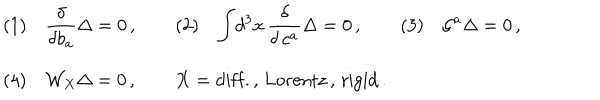
\begin{array} { l } { { ( 1 ) \quad { \displaystyle { \frac { \delta } { \delta b _ { a } } } } \Delta = 0 \, , \qquad ( 2 ) \quad \displaystyle { \int } d ^ { 3 } x \, { \displaystyle { \frac { \delta } { \delta \, c ^ { a } } } } \Delta = 0 \, , \qquad ( 3 ) \quad { \cal G } ^ { a } \Delta = 0 \, , } } \\ { { ( 4 ) \quad { \cal W } _ { X } \Delta = 0 \, , \qquad X = \mathrm { d i f f . , \, L o r e n t z \, , \, r i g i d } \, . } } \\ \end{array}